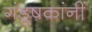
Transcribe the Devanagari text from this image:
गंडूषकांनीं